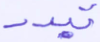
تبدد